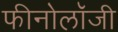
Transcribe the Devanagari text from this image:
फीनोलॉजी